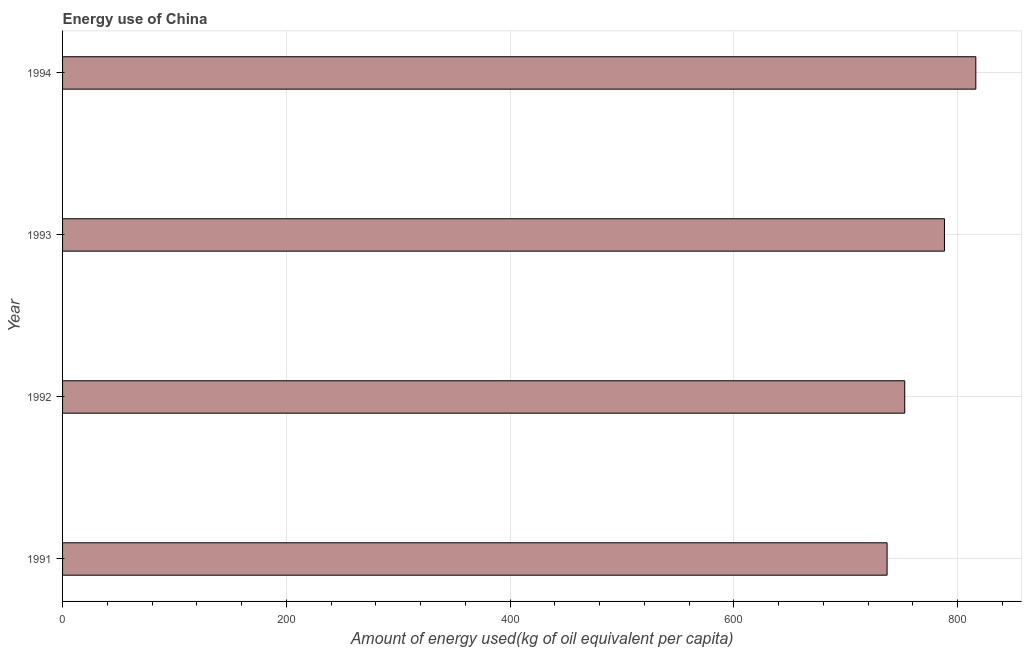
| Year | Energy use  |
 | --- | --- |
 | 1991 | 737 |
 | 1992 | 753 |
 | 1993 | 788 |
 | 1994 | 816 |